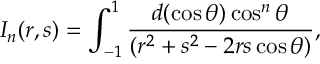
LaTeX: I _ { n } ( r , s ) = \int _ { - 1 } ^ { 1 } \frac { d ( \cos { \theta } ) \cos ^ { n } \theta } { ( r ^ { 2 } + s ^ { 2 } - 2 r s \cos \theta ) } ,